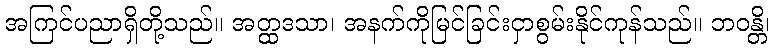
အကြင်ပညာရှိတို့သည်။ အတ္ထဒသာ၊ အနက်ကိုမြင်ခြင်းငှာစွမ်းနိုင်ကုန်သည်။ ဘဝန္တိ၊